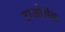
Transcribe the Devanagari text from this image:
टाओसेक